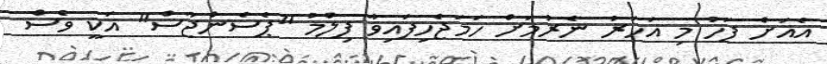
އެއަށް ފަހު މި އަހަރު ނެރުމަށް ހަމަޖެހިފައިވާ ފިލްމު "ޕެސެންޖާސް" އަކީ ވެސް